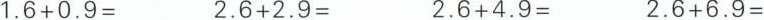
$$1.6+0.9=$$ $$2.6+2.9=$$ $$2.6+4.9=$$ $$2.6+6.9=$$